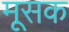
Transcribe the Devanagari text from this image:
मूसक